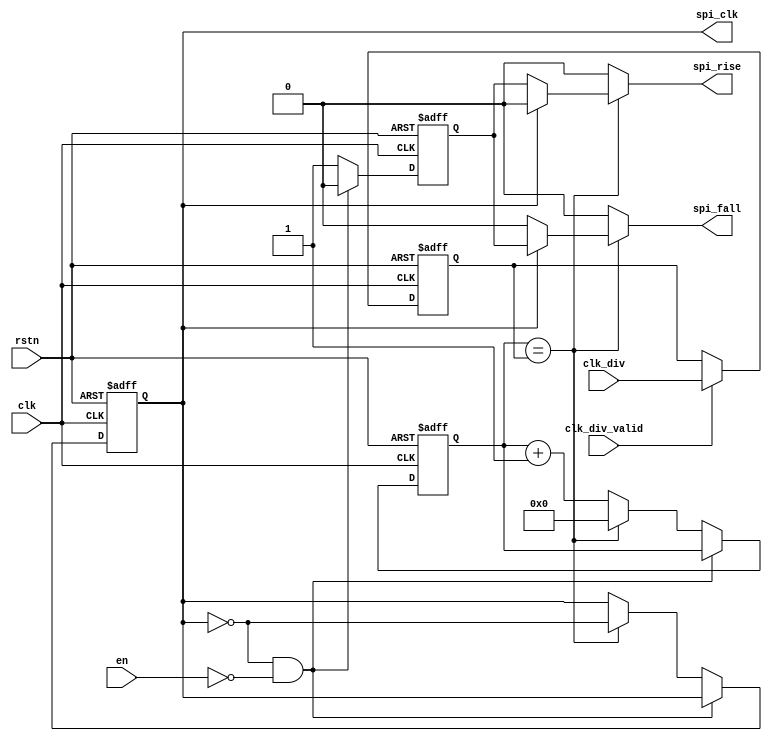
module spi_master_clkgen (
	clk,
	rstn,
	en,
	clk_div,
	clk_div_valid,
	spi_clk,
	spi_fall,
	spi_rise
);
	input wire clk;
	input wire rstn;
	input wire en;
	input wire [7:0] clk_div;
	input wire clk_div_valid;
	output reg spi_clk;
	output reg spi_fall;
	output reg spi_rise;
	reg [7:0] counter_trgt;
	reg [7:0] counter_trgt_next;
	reg [7:0] counter;
	reg [7:0] counter_next;
	reg spi_clk_next;
	reg running;
	always @(*) begin
		spi_rise = 1'b0;
		spi_fall = 1'b0;
		if (clk_div_valid)
			counter_trgt_next = clk_div;
		else
			counter_trgt_next = counter_trgt;
		if (counter == counter_trgt) begin
			counter_next = 0;
			spi_clk_next = ~spi_clk;
			if (spi_clk == 1'b0)
				spi_rise = running;
			else
				spi_fall = running;
		end
		else begin
			counter_next = counter + 1;
			spi_clk_next = spi_clk;
		end
	end
	always @(posedge clk or negedge rstn)
		if (rstn == 1'b0) begin
			counter_trgt <= 'h0;
			counter <= 'h0;
			spi_clk <= 1'b0;
			running <= 1'b0;
		end
		else begin
			counter_trgt <= counter_trgt_next;
			if (!((spi_clk == 1'b0) && ~en)) begin
				running <= 1'b1;
				spi_clk <= spi_clk_next;
				counter <= counter_next;
			end
			else
				running <= 1'b0;
		end
endmodule